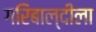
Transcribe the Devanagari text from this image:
गरिबाल्दीला